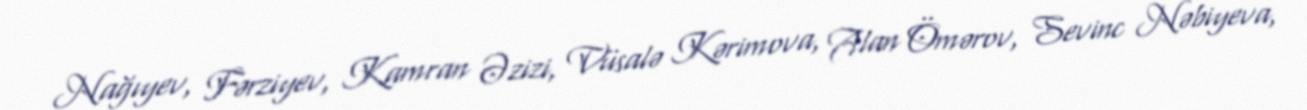
Nağıyev, Fərziyev, Kamran Əzizi, Vüsalə Kərimova, Alan Ömərov, Sevinc Nəbiyeva,